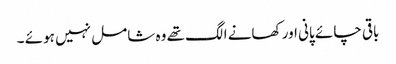
باقی چائے پانی اور کھانے الگ تھے وہ شامل نہیں ہوئے ۔